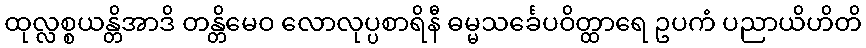
ထုလ္လစ္စယန္တိအာဒိ တန္တိမေဝ လောလုပ္ပစာရိနီ ဓမ္မသင်္ခေပဝိတ္ထာရေ ဥပကံ ပညာယိဟိတိ